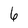
Character: 6